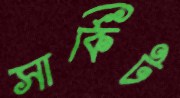
সার্কিট